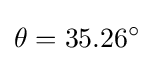
\theta =35.26^{\circ }